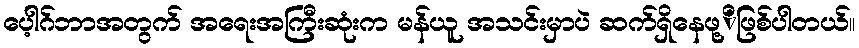
ပေ့ါဂ်ဘာအတွက် အရေးအကြီးဆုံးက မန်ယူ အသင်းမှာပဲ ဆက်ရှိနေဖု့ိဖြစ်ပါတယ်။